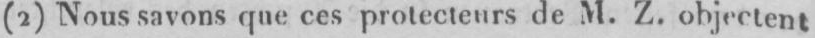
(2) Nous savons que ces protecteurs de M. Z. objectent